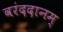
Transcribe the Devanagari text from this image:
वरंददानम्